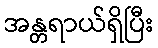
အန္တရာယ်ရှိပြီး